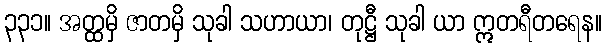
၃၃၁။ အတ္ထမှိ ဇာတမှိ သုခါ သဟာယာ၊ တုဋ္ဌီ သုခါ ယာ ဣတရီတရေန။